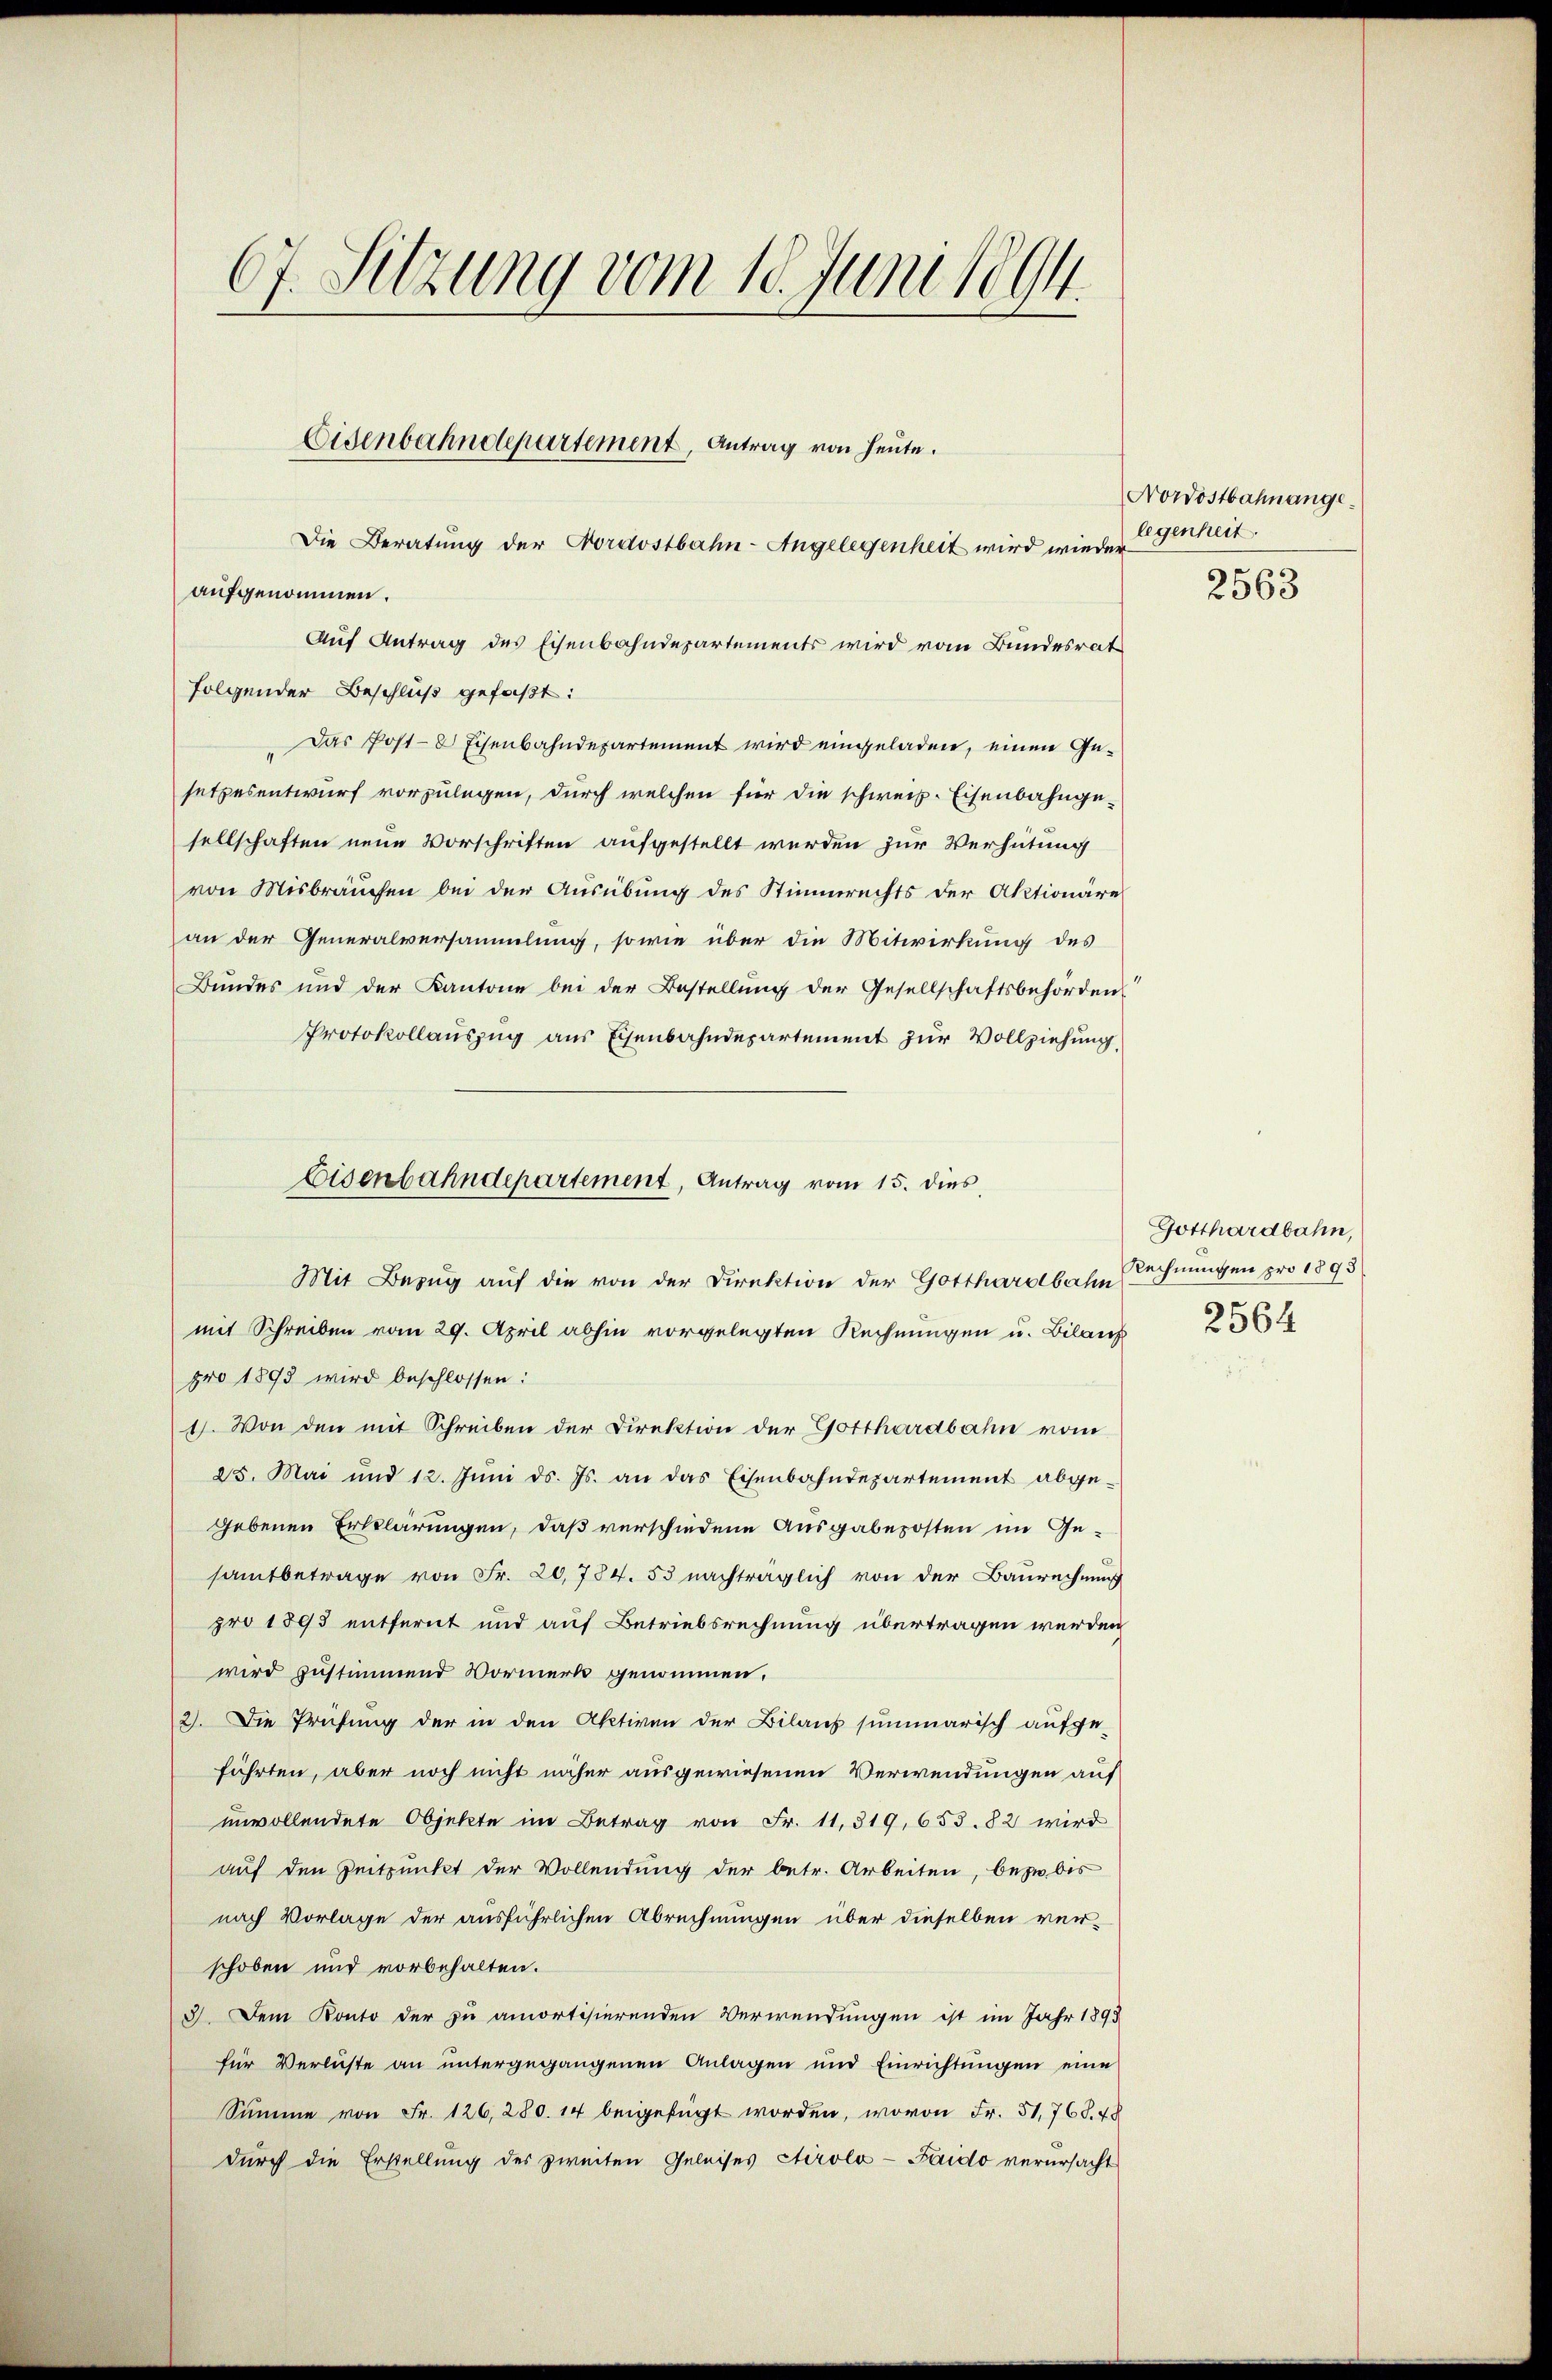
67. Sitzung vom 18. Juni 1894.

Eisenbahndepartement, Antrag von heute.

Die Beratung der Nordostbahn-Angelegenheit wird wieder
aufgenommen.
Auf Antrag des Eisenbahndepartements wird vom Bundesrat
folgender Beschluß gefaßt:
Das Post- & Eisenbahndepartement wird eingeladen, einen Gesetzesentwurf vorzulegen, durch welchen für die schweiz. Eisenbahnge-
sellschaften neue Vorschriften aufgestellt werden zur Verhütung
von Misbräuchen bei der Ausübung des Stimmrechts der Aktionäre
an der Generalversammlung, sowie über die Mitwirkung des
Bundes und der Kantone bei der Bestellung der Gesellschaftsbehörden
Protokollauszug aus Eisenbahndepartement zur Vollziehung,
mit Schreiben vom 29. April abhin vorgelegten Rechnungen u. Bilans
pro 1893 wird beschlossen:
1). Von den mit Schreiben der Direktion der Gotthardbahn vom
25. Mai und 12. Jŭni d. Js. an das Eisenbahndepartement abge-
gebenen Erklärungen, daß verschiedene Ausgabeposten im Gesamtbetrage von Fr. 20,784. 53 nachträglich von der Baurechnung
pro 1893 entfernt und auf Betriebsrechnung übertragen werden
wird zustimmend Vormerk genommen.
2). Die Prüfung der in den Aktiven der Bilans summarisch aufge-
führten, aber noch nicht näher ausgewiesenen Verwendungen auf
unvollendete Objekte im Betrag von Fr. 11,319, 655. 82 wird
auf den Zeitpunkt der Vollendung der betr. Arbeiten, bezw. bis
nach Vorlage der ausführlichen Abrechnungen über dieselben ver-
schoben und vorbehalten.
3). Dem Konto der zu amortisierenden Verwendungen ist im Jahr 1898
für Verluste an untergegangenen Anlagen und Einrichtungen eine
Summe von Fr. 126, 280. 14 beigefügt worden, wovon Fr. 51,768. 48
durch die Erstellung des zweiten Geleises Stirolo - Paido verursacht

Eisenbahndepartement, Antrag vom 15. dies,
Mit Bezug auf die von der Direktion der Gotthardbahn Rechnungen pro 1893

Nordostbahnange.
legenheit.

2563

Gotthardbahn,
2564